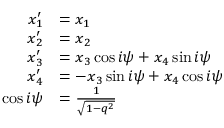
{ \begin{array} { r l } { x _ { 1 } ^ { \prime } } & { = x _ { 1 } } \\ { x _ { 2 } ^ { \prime } } & { = x _ { 2 } } \\ { x _ { 3 } ^ { \prime } } & { = x _ { 3 } \cos i \psi + x _ { 4 } \sin i \psi } \\ { x _ { 4 } ^ { \prime } } & { = - x _ { 3 } \sin i \psi + x _ { 4 } \cos i \psi } \\ { \cos i \psi } & { = { \frac { 1 } { \sqrt { 1 - q ^ { 2 } } } } } \end{array} }